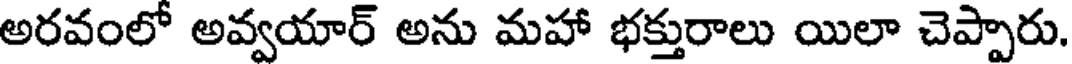
అరవంలో అవ్వయార్ అను మహా భక్తురాలు యిలా చెప్పారు.